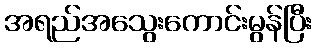
အရည်အသွေးကောင်းမွန်ပြီး